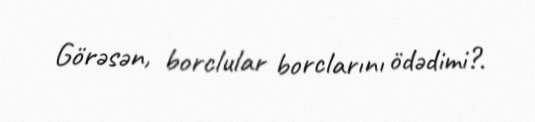
Görəsən, borclular borclarını ödədimi?.